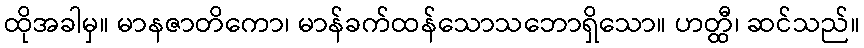
ထိုအခါမှ။ မာနဇာတိကော၊ မာန်ခက်ထန်သောသဘောရှိသော။ ဟတ္ထီ၊ ဆင်သည်။